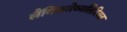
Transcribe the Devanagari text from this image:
लैंगिकतेव्यतिरिक्त